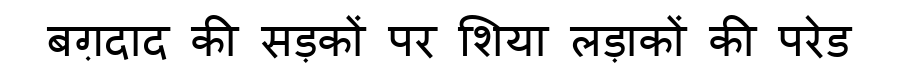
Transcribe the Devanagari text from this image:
बग़दाद की सड़कों पर शिया लड़ाकों की परेड